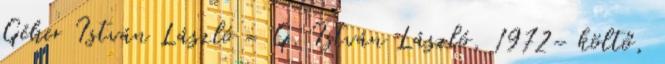
Géher István László = G. István László, 1972– költő,